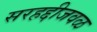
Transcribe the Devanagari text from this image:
सरहद्दीजवळ